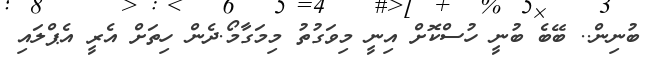
ބުނިން.. ބޭބެ ބުނީ ހުސްކޮށް އިނީ މިވަގުތު މިމަގާމޯ.ދެން ހިތަށް އެރީ އެޕްލައި